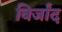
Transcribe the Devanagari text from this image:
बिर्जांद